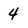
Character: 4